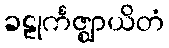
ခဠုင်္ကဇ္ဈာယိတံ